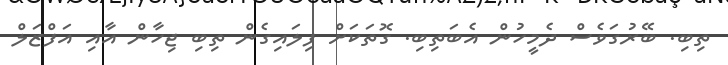
ތިބި. ބޭރުގަވެސް ދެމީހުން އެބަތިބި. ގޮތަކަށް ފިލައިގެން ތިބި ޖިހާން އާއި އަފްޒަލް